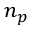
n _ { p }